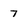
Character: 7